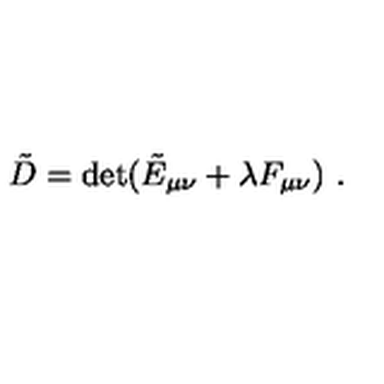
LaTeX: \tilde { D } = \det ( \tilde { E } _ { \mu \nu } + \lambda F _ { \mu \nu } ) \ .